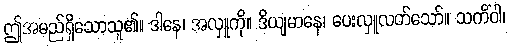
ဤအမည်ရှိသောသူ၏။ ဒါနေ၊ အလှူကို။ ဒိယျမာနေ၊ ပေးလှူလတ်သော်။ သကိံဝါ၊